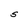
Character: S